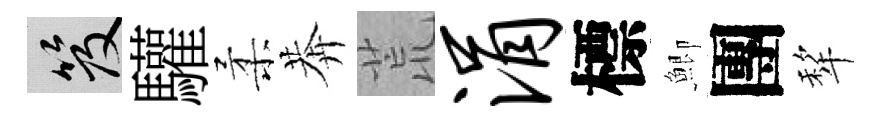
笈驩柔莾荒涓標鯽團犂